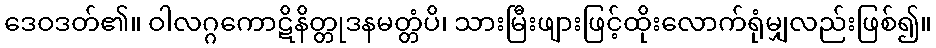
ဒေဝဒတ်၏။ ဝါလဂ္ဂကောဋိနိတ္တုဒနမတ္တံပိ၊ သားမြီးဖျားဖြင့်ထိုးလောက်ရုံမျှလည်းဖြစ်၍။